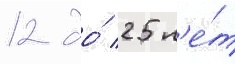
12 до́ 25 л'е́т